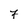
Character: 7